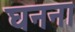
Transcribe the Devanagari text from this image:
घनना